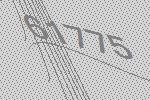
61775